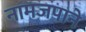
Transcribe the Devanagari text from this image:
नामजपाने